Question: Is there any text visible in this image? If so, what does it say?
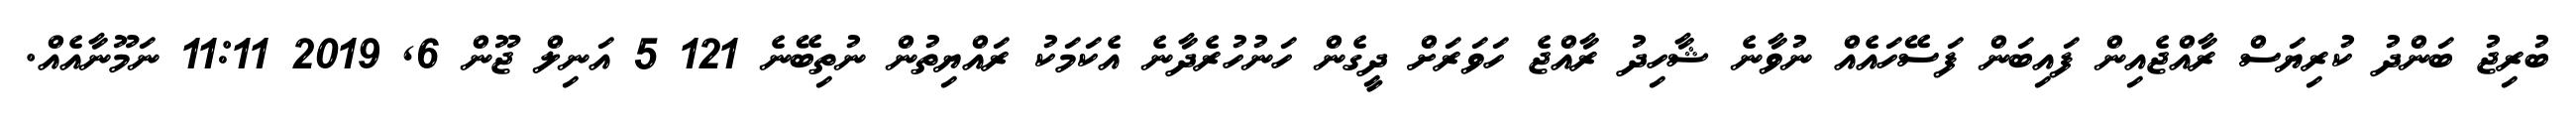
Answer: ބުރިޖު ބަންދު ކުރިޔަސް ރާއްޖެއިން ފައިބަން ފަސޭހައެއް ނުވާނެ ޝާހިދު ރާއްޖެ ހަވަރަށް ދީގެން ހަނުހުރެދާނެ އެކަމަކު ރައްޔިތުން ނުތިބޭނެ 121 5 އަނިލް ޖޫން 6, 2019 11:11 ނަމޫނާއެއް.